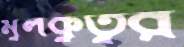
মুলকুতুর